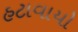
હટાવાયો